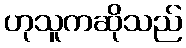
ဟုသူကဆိုသည်